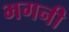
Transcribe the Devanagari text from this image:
भगनी